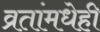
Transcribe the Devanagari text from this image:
व्रतांमधेही